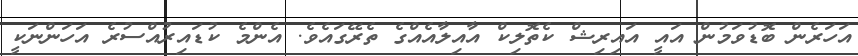
އަހަރެން ބޮޑުވަމުން އައީ އައިރިޝް ކެތޮލިކް އާއިލާއެއްގެ ތެރޭގައެވެ. އެންމެ ކުޑައިރުއްސުރެ އަހަންނަކީ